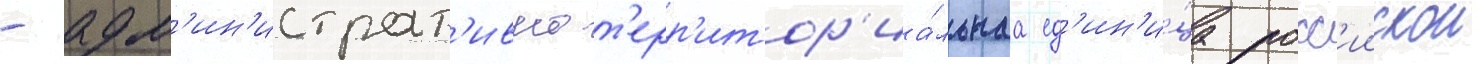
- адм'ин'истрат'ивно-т'ерр'итор'иа́льнаа ед'ин'и́ца росс'иискои